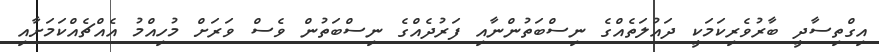
އިގްތިސާދީ ބާރުވެރިކަމަކީ ދައުލަތެއްގެ ނިސްބަތުންނާއި ފަރުދެއްގެ ނިސްބަތުން ވެސް ވަރަށް މުހިއްމު އެއްޗެއްކަމަށާއި